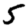
Digit: 5